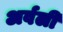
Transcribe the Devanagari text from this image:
अर्वली